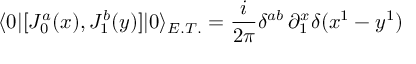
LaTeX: \langle 0 | [ J _ { 0 } ^ { a } ( x ) , J _ { 1 } ^ { b } ( y ) ] | 0 \rangle _ { E . T . } = \frac { i } { 2 \pi } \delta ^ { a b } \, \partial _ { 1 } ^ { x } \delta ( x ^ { 1 } - y ^ { 1 } )